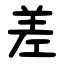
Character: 差